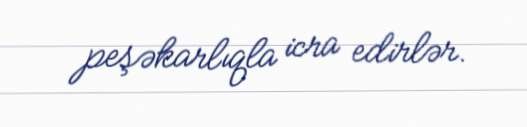
peşəkarlıqla icra edirlər.